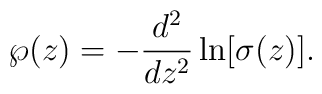
\wp(z)=-\frac{d^2}{dz^2}\ln[\sigma(z)].